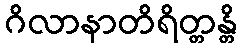
ဂိလာနာတိရိတ္တန္တိ